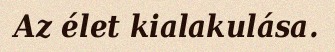
Az élet kialakulása.